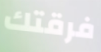
فرقتك